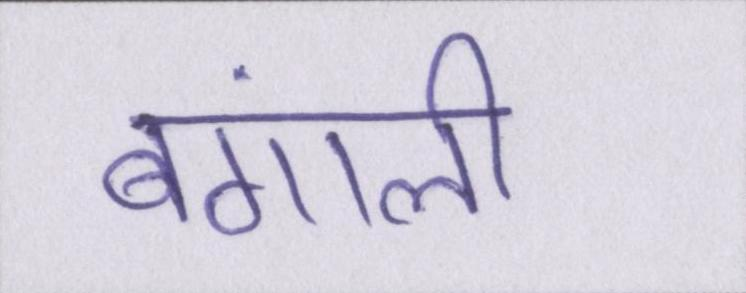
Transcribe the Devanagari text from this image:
बंगाली